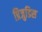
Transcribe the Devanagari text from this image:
प्रिजुडिस